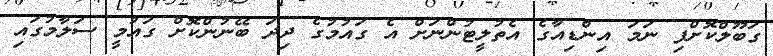
ގަބޫލްކޮށްފި ނަމަ އިންޑިއާގެ އެތުލީޓުންނަށް އެ ގައުމުގެ ދިދަ ބޭނުންކޮށް ގައުމީ ސަލާމުގައި